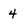
Character: 4